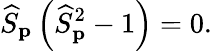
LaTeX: \widehat{S}_{{\mathbf p}}\left(\widehat{S}_{{\mathbf p}}^{2}-1\right)=0.